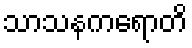
သာသနကရောတိ